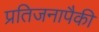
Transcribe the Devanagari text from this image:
प्रतिजनापैकी